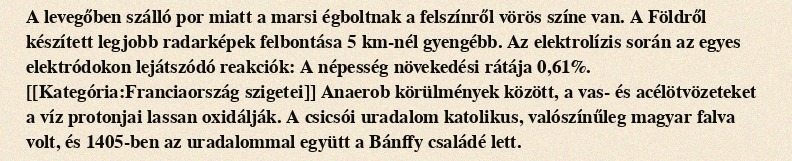
A levegőben szálló por miatt a marsi égboltnak a felszínről vörös színe van. A Földről készített legjobb radarképek felbontása 5 km-nél gyengébb. Az elektrolízis során az egyes elektródokon lejátszódó reakciók: A népesség növekedési rátája 0,61%. [[Kategória:Franciaország szigetei]] Anaerob körülmények között, a vas- és acélötvözeteket a víz protonjai lassan oxidálják. A csicsói uradalom katolikus, valószínűleg magyar falva volt, és 1405-ben az uradalommal együtt a Bánffy családé lett.